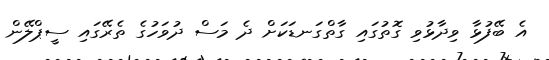
އެ ބޭފުޅާ ވިދާޅުވި ގޮތުގައި ގާތްގަނޑަކަށް ދެ މަސް ދުވަހުގެ ތެރޭގައި ސީޕްލޭން